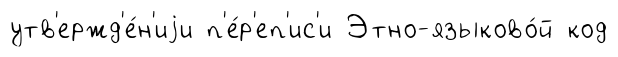
утв'ержд'е́н'иjи п'е́р'еп'ис'и Этно-языково́й код